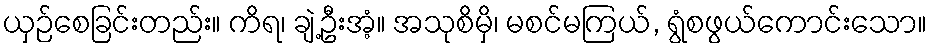
ယှဉ်စေခြင်းတည်း။ ကိရ၊ ချဲ့ဦးအံ့။ အသုစိမှိ၊ မစင်မကြယ်, ရွံစဖွယ်ကောင်းသော။